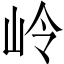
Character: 岭